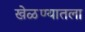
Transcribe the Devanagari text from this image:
खेळण्यातला